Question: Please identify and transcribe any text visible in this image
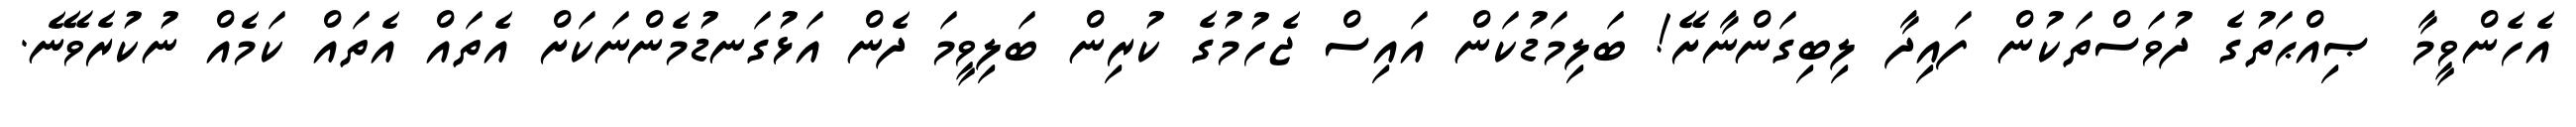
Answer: އެހެންވީމާ ޞިއްޙަތުގެ ދުވަސްތަކުން ފައިދާ ލިބިގަންނާށޭ! ބަލިމަޑުކަން އައިސް ޖެހުމުގެ ކުރިން ބަލިވީމަ ދެން އަޅުގަނޑުމެންނަކަށް އެތައް އެތައް ކަމެއް ނުކުރެވޭނެ.